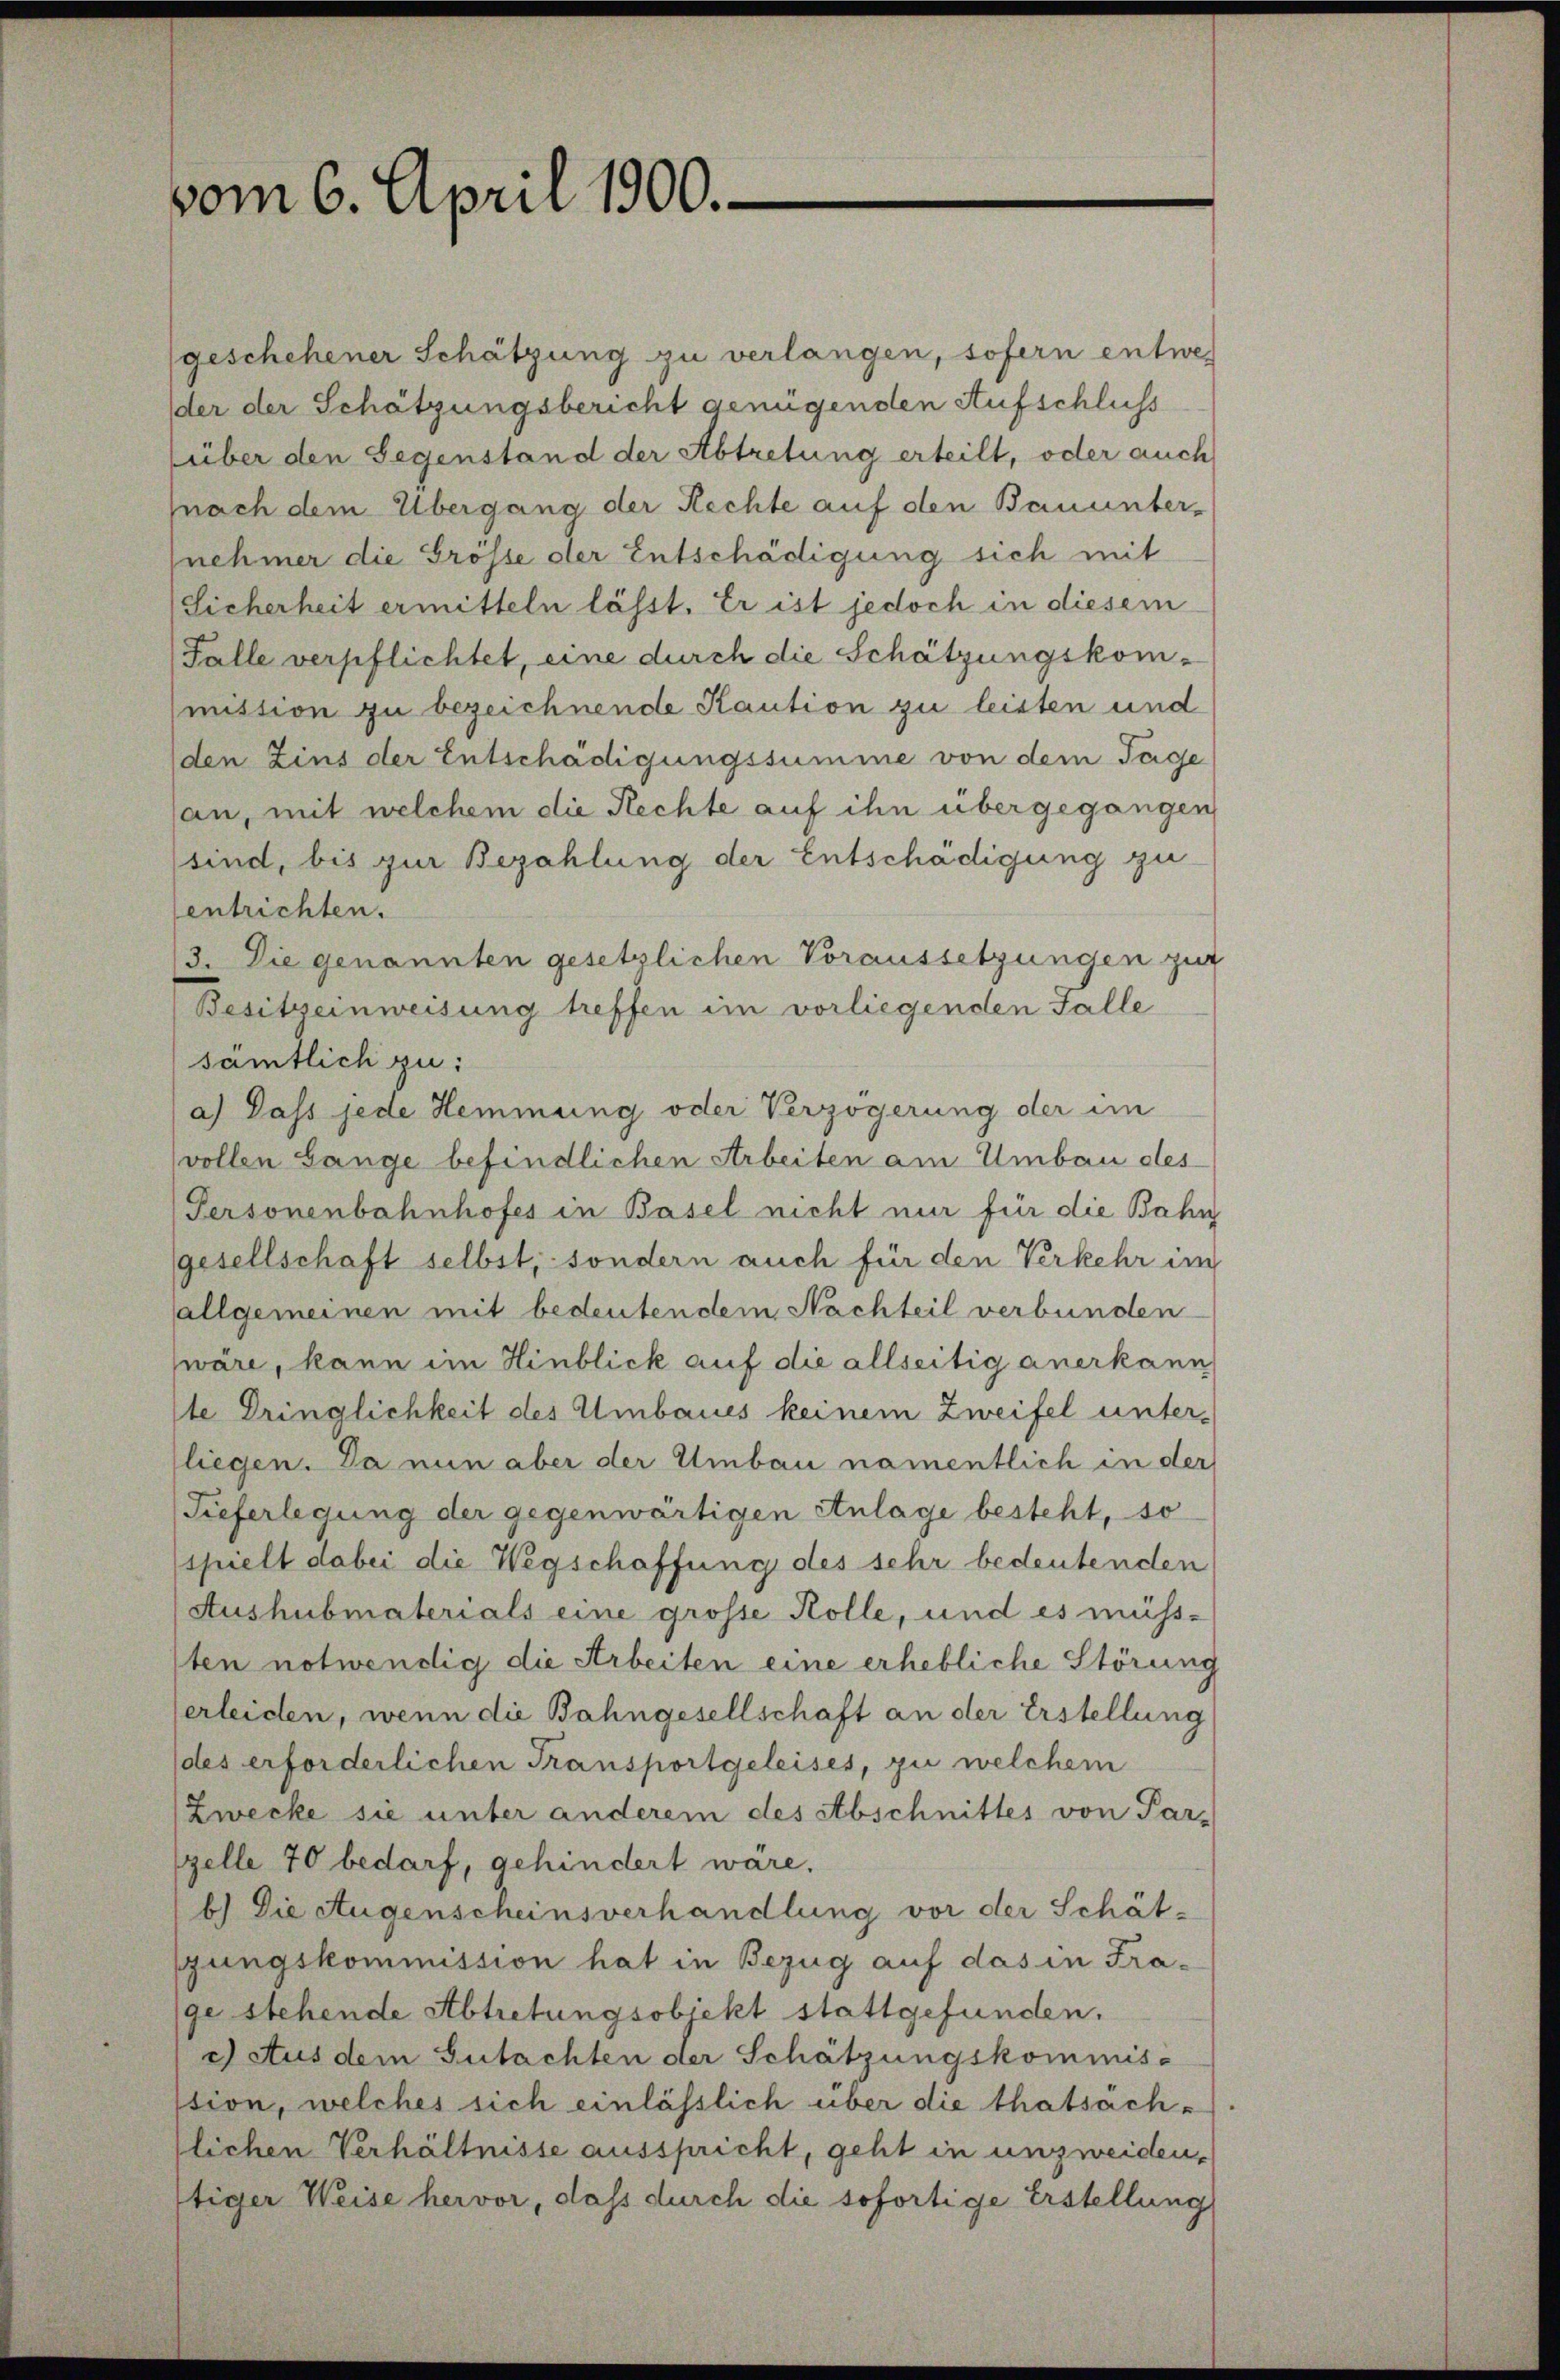
vom 6. April 1900.

geschehener Schätzung zu verlangen, sofern entweder der Schätzungsbericht genügenden Aufschluss
(über den Gegenstand der Abtretung erteilt, oder auch
nach dem Übergang der Rechte auf den Bauunternehmer die Grösse der Entschädigung sich mit
Sicherheit ermitteln lässt. Er ist jedoch in diesem
Falle verpflichtet, eine durch die Schätzungskommittion zu bezeichnende Kaution zu leisten und
den Zins der Entschädigungssumme von dem Tage
an, mit welchem die Rechte auf ihn übergegangen
sind, bis zur Bezahlung der Entschädigung zu
entrichten.
13. Die genannten gesetzlichen Voraussetzungen zur
Besitzeinweisung treffen im vorliegenden Falle
sämtlich zu:
a) Dass jede Hemmung oder Verzögerung der im
vollen Lange befindlichen Arbeiten am Umbau des
Personenbahnhofes in Basel nicht nur für die Bahn
gesellschaft selbst, sondern auch für den Verkehr im
allgemeinen mit bedeutendem Nachteil verbunden
wäre, kann im Hinblick auf die allseitig anerkann
ste Dringlichkeit des Umbaues keinem Zweifel unter-
fliegen. Da nun aber der Umbau namentlich in der
Tieferlegung der gegenwärtigen Anlage besteht, so
spielt dabei die Wegschaffung des sehr bedeutenden
Aushubmaterials eine grosse Kolle, und es müss-
sten notwendig die Arbeiten eine erhebliche Störung
erleiden, wenn die Bahngesellschaft an der Erstellung
des erforderlichen Transportgeleises, zu welchem
Zwecke sie unter anderem des Abschnittes von Par-
zelle 70 bedarf, gehindert wäre.
b) Die Augenscheinsverhandlung vor der Schät-
gungskommission hat in Bezug auf das in Frage stehende Abtretungsobickt stattgefunden.
c) Aus dem Gutachten der Schätzungskommis-
ssion, welches sich einlässlich über die thatsachlichen Verhältnisse ausspricht, geht in unzweiden,
tiger Weise hervor, dass durch die sofortige Erstellung